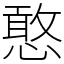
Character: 憨